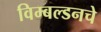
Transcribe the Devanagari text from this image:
विम्बल्डनचे